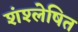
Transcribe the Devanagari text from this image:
शंश्लेषित